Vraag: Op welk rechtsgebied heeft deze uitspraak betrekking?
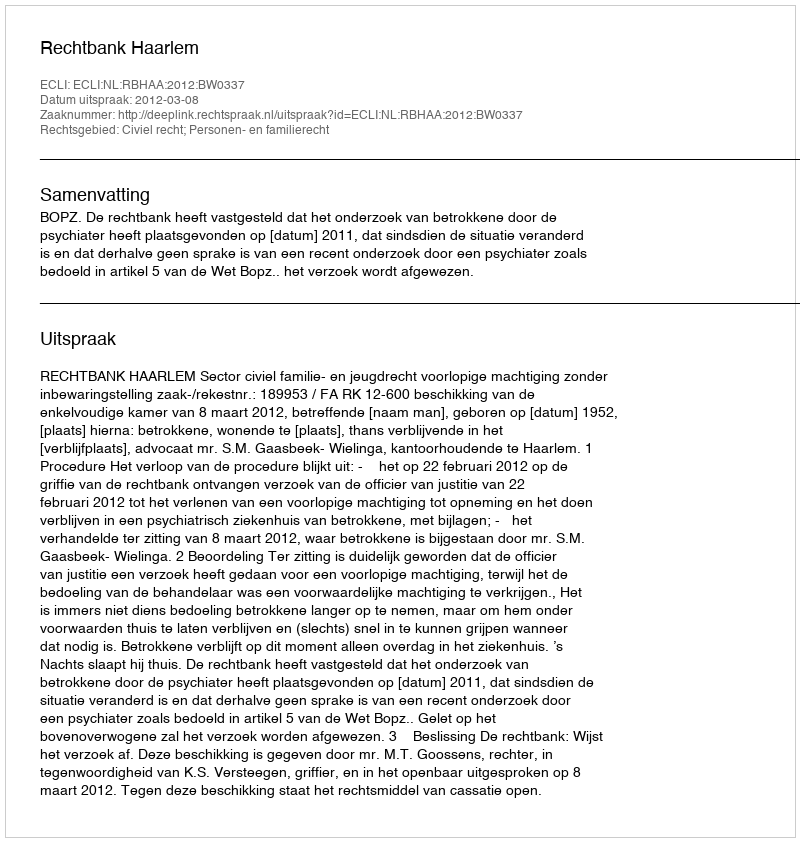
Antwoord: Civiel recht; Personen- en familierecht